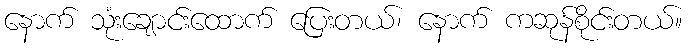
နောက် သုံးချောင်းထောက် ပြေးတယ်၊ နောက် ကဆုန်စိုင်းတယ်။